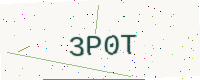
Text: 3P0T